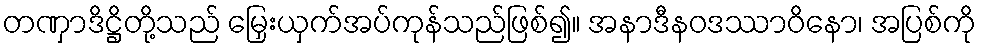
တဏှာဒိဋ္ဌိတို့သည် မြှေးယှက်အပ်ကုန်သည်ဖြစ်၍။ အနာဒီနဝဒဿာဝိနော၊ အပြစ်ကို